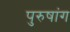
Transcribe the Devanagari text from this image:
पुरुषांग